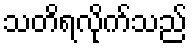
သတိရလိုက်သည်